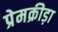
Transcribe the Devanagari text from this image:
प्रेमक्रीड़ा